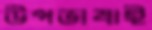
উপভাষাই